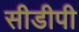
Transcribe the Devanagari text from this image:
सीडीपी